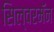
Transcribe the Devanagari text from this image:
सिल्वरमॅन